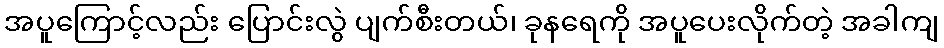
အပူကြောင့်လည်း ပြောင်းလွဲ ပျက်စီးတယ်၊ ခုနရေကို အပူပေးလိုက်တဲ့ အခါကျ